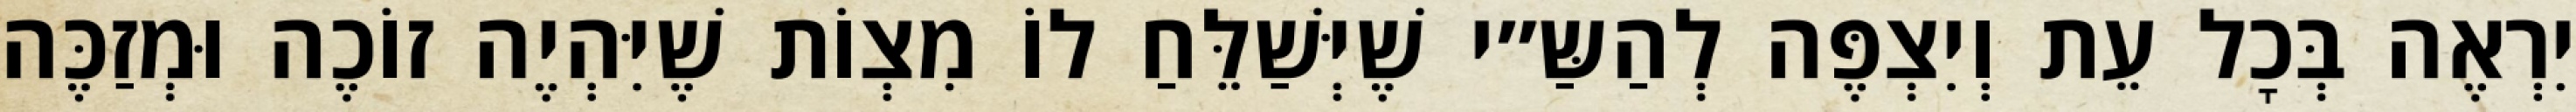
יִרְאֶה בְּכׇל עֵת וְיִצְפֶּה לְהַשַּ״י שֶׁיְּשַׁלֵּחַ לוֹ מִצְוֹת שֶׁיִּהְיֶה זוֹכֶה וּמְזַכֶּה